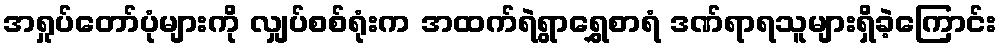
အရှုပ်တော်ပုံများကို လျှပ်စစ်ရုံးက အထက်ရဲရွာရွှေစာရံ ဒဏ်ရာရသူများရှိခဲ့ကြောင်း